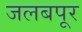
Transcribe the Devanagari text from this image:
जलबपूर